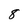
Character: 8